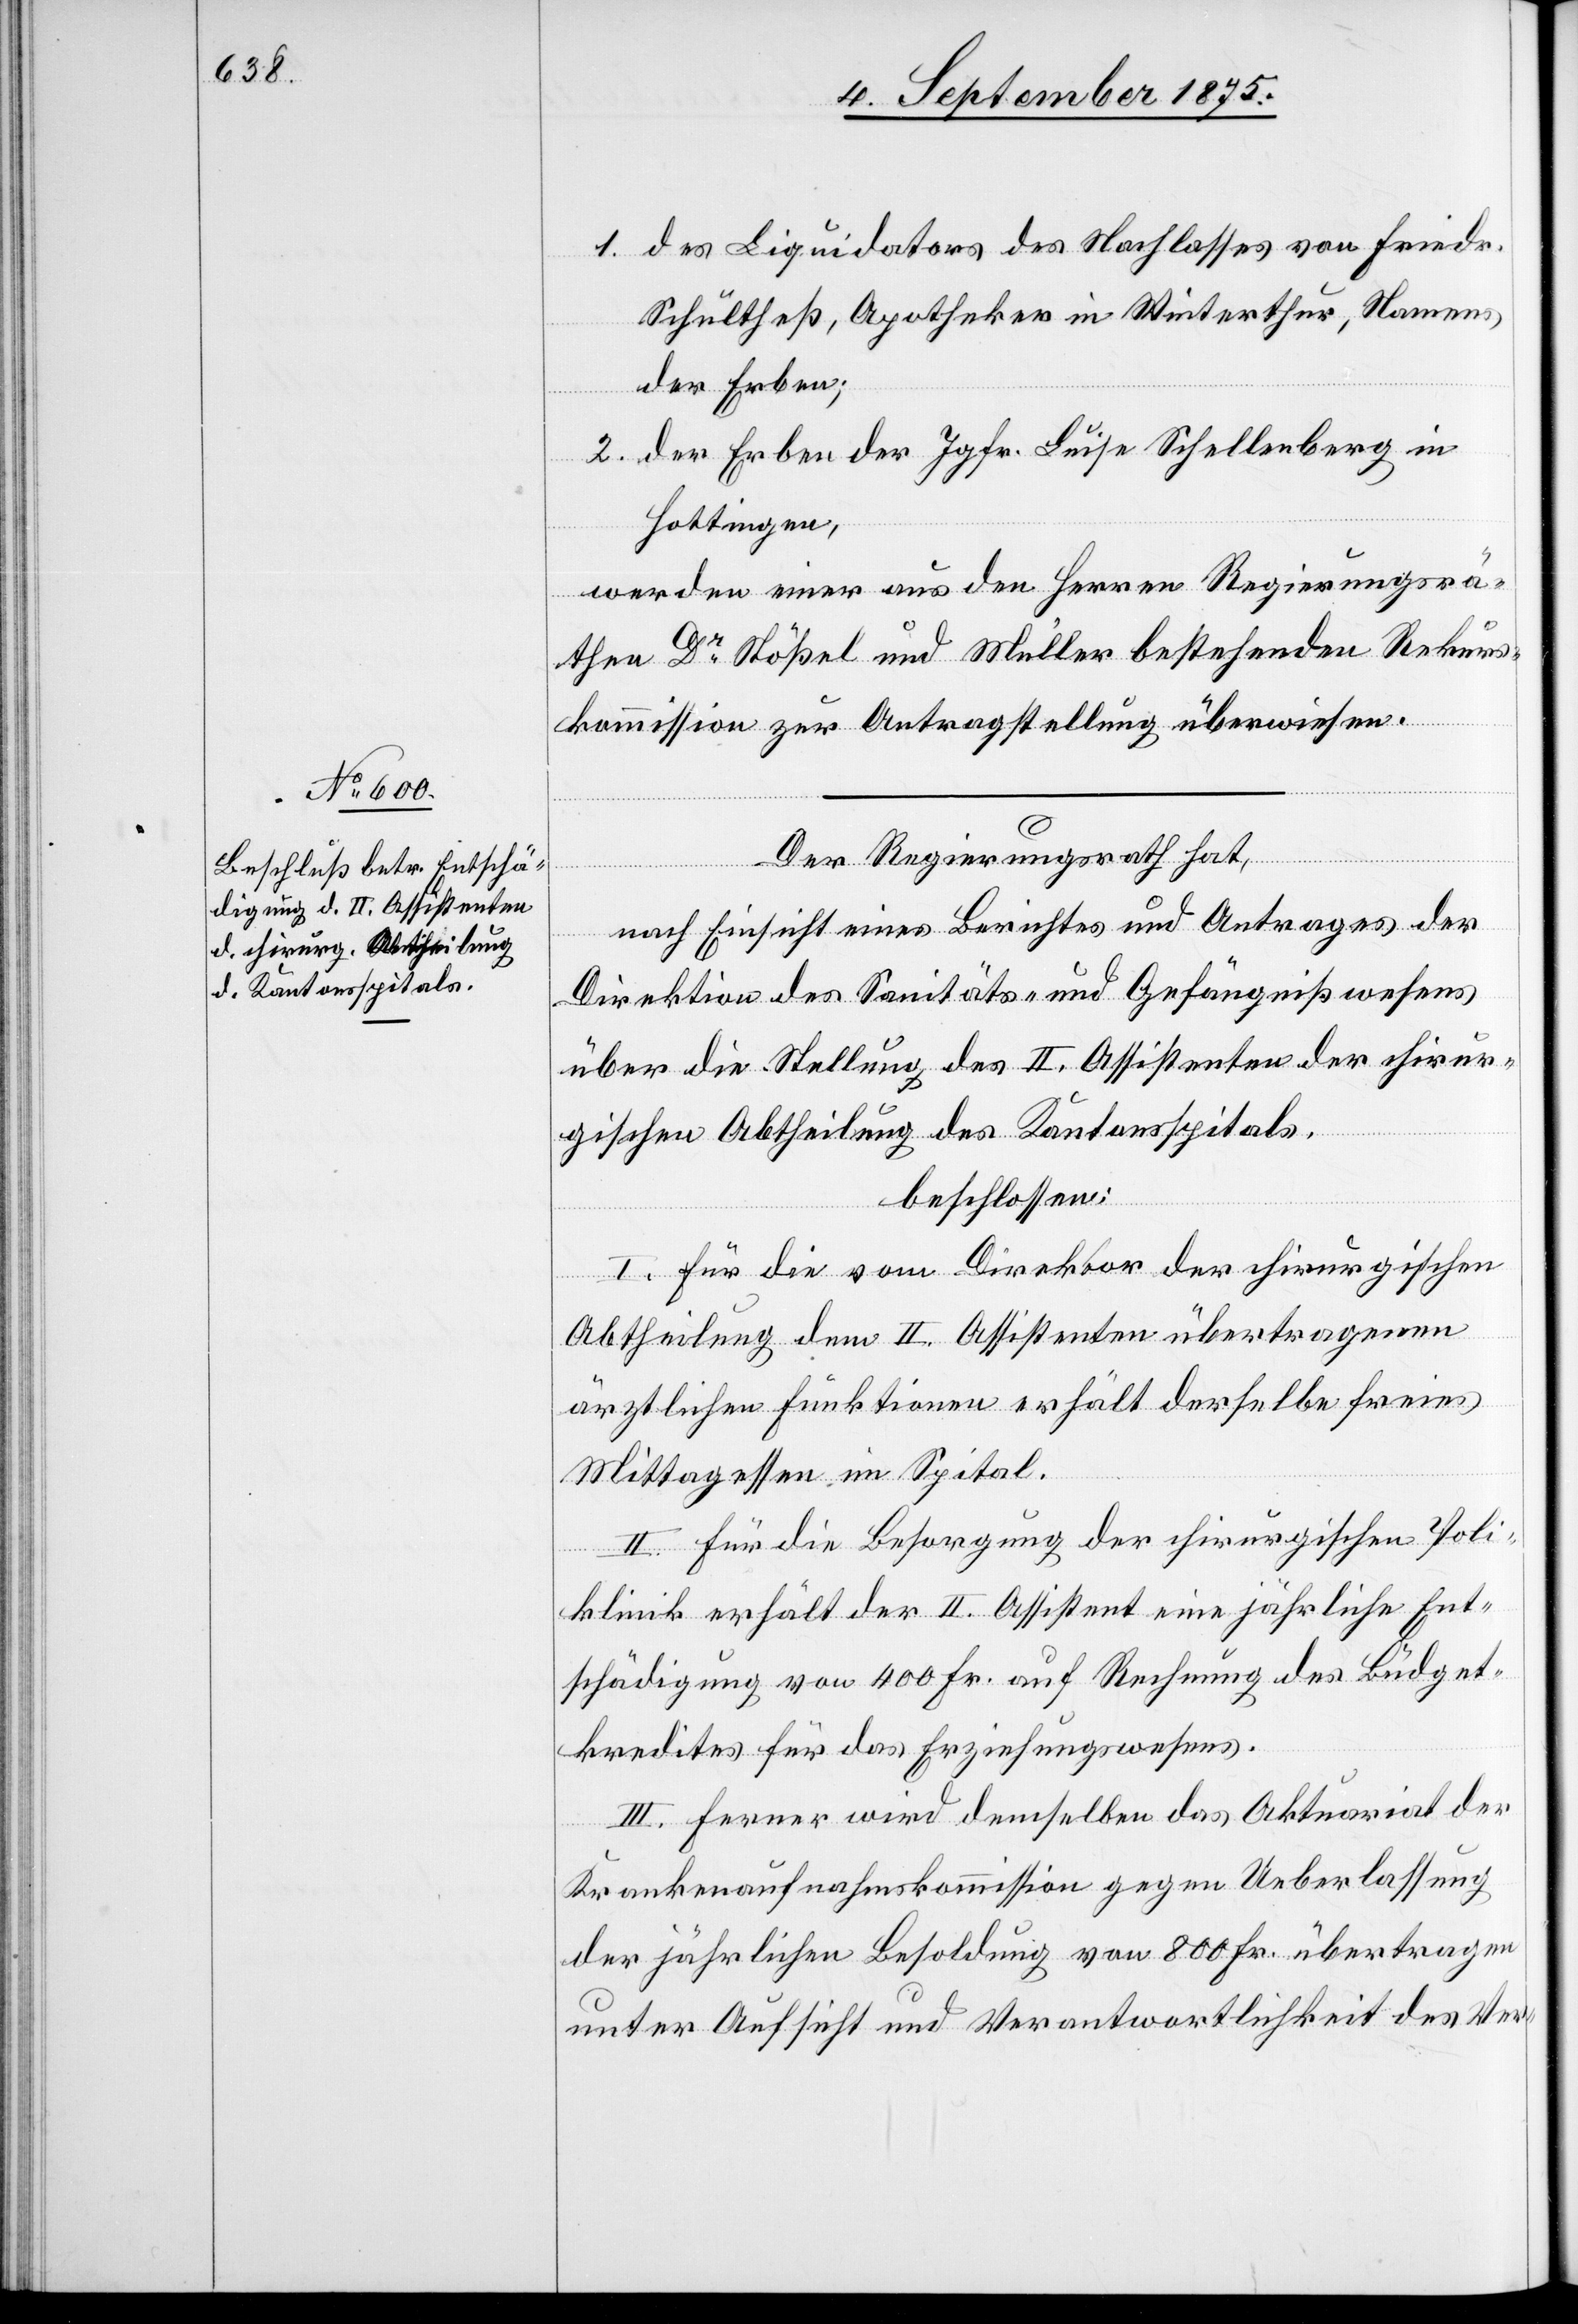
1. des Liquidators des Nachlasses von Friedr.
Schultheß, Apotheker in Winterthur, Namens
der Erben;
2. der Erben der Jgfr. Luise Schellenberg in
Hottingen,
werden einer aus den Herren Regierungsrä¬
then Dr Stößel und Müller bestehenden Rekurs¬
kommission zur Antragstellung überwiesen.
Der Regierungsrath hat,
nach Einsicht eines Berichtes und Antrages der
Direktion des Sanitäts- und Gefängnißwesens
über die Stellung des II. Assistenten der chirur¬
gischen Abtheilung des Kantonsspitals,
beschlossen:
I. Für die vom Direktor der chirurgischen
Abtheilung dem II. Assistenten übertragenen
ärztlichen Funktionen erhält derselbe freies
Mittagessen im Spital.
II. Für die Besorgung der chirurgischen Poli¬
klinik erhält der II. Assistent eine jährliche Ent¬
schädigung von 400 Fr. auf Rechnung des Büdget¬
kredites für das Erziehungswesens.
III. Ferner wird demselben das Aktuariat der
Krankenaufnahmskommission gegen Ueberlassung
der jährlichen Besoldung von 800 Fr. übertragen
unter Aufsicht und Verantwortlichkeit des Ver-